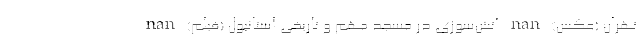
تهران (عکس) nan آتش‌سوزی در مسجد مهم و تاریخی استانبول (فیلم) nan